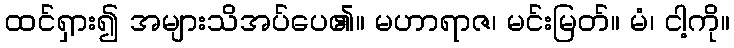
ထင်ရှား၍ အများသိအပ်ပေ၏။ မဟာရာဇ၊ မင်းမြတ်။ မံ၊ ငါ့ကို။